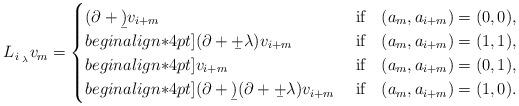
LaTeX: \begin{align*}L_i\,{}_{{}_\lambda} v_m=\begin{cases}(\partial+\b)v_{i+m} &\ \mbox{if}\ \ \ (a_m,a_{i+m})=(0,0),\\begin{align*}4pt](\partial+\b+\lambda)v_{i+m}&\ \mbox{if} \ \ \ (a_m,a_{i+m})=(1,1),\\begin{align*}4pt]v_{i+m} &\ \mbox{if} \ \ \ (a_m,a_{i+m})=(0,1),\\begin{align*}4pt](\partial+\b)(\partial+\b+\lambda)v_{i+m}&\ \mbox{if} \ \ \ (a_m,a_{i+m})=(1,0).\end{cases}\end{align*}